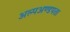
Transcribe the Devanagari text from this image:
अल्पअण्डपता